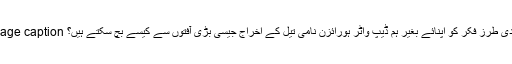
Image caption تنقیدی طرزِ فکر کو اپنائے بغیر ہم ڈیپ واٹر ہورائزن نامی تیل کے اخراج جیسی بڑی آفتوں سے کیسے بچ سکتے ہیں؟